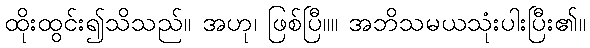
ထိုးထွင်း၍သိသည်။ အဟု၊ ဖြစ်ပြီ။။ အဘိသမယသုံးပါးပြီး၏။